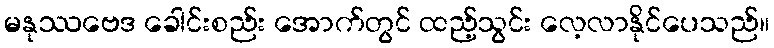
မနုဿဗေဒ ခေါင်းစည်း အောက်တွင် ထည့်သွင်း လေ့လာနိုင်ပေသည်။